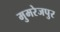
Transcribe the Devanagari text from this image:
मुमरेजपुर